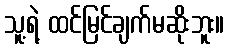
သူ့ရဲ့ ထင်မြင်ချက်မဆိုးဘူး။